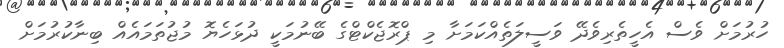
ހުރުމަށް ވެސް އެހީތެރިވެދޭ ވަސީލަތެއްކަމަށާ މި ޕްރޮޖެކްޓްގެ ބޭނުމަކީ ދުޅަހެޔޮ މުޖުތަމައެއް ބިނާކުރުމަށް